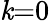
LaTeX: \mathit{k}{=}0